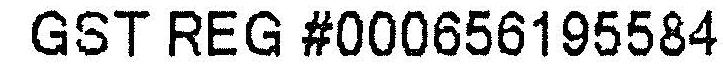
GST REG #000656195584